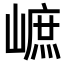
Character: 𡻠